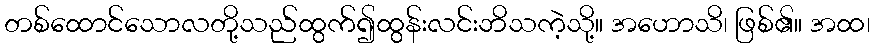
တစ်ထောင်သောလတို့သည်ထွက်၍ထွန်းလင်းဘိသကဲ့သို့။ အဟောသိ၊ ဖြစ်၏။ အထ၊